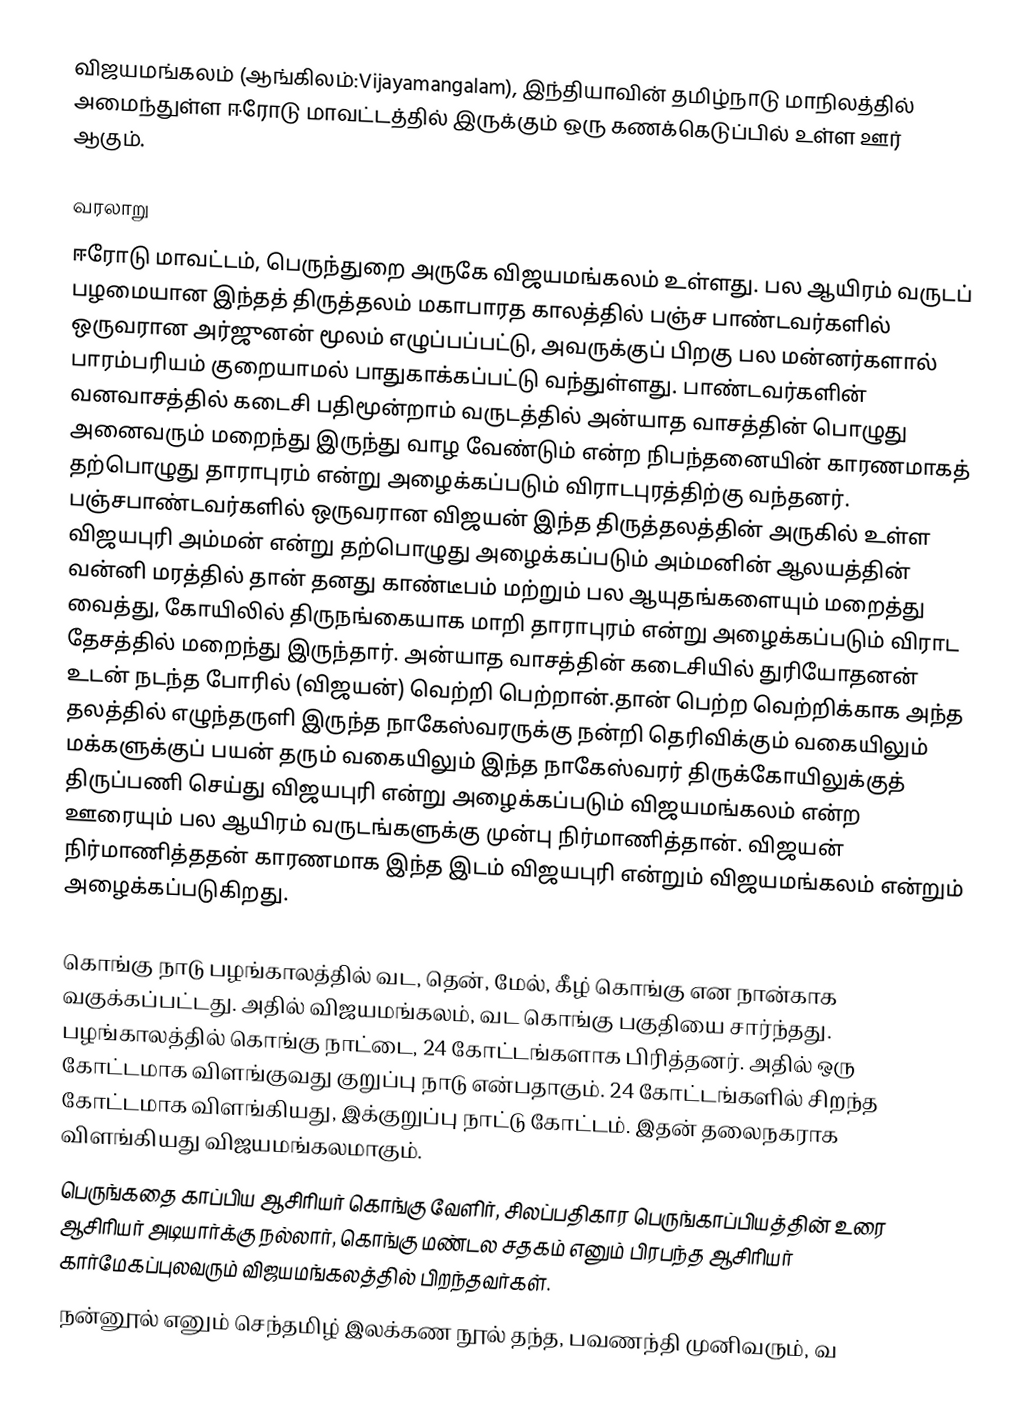
விஜயமங்கலம் (ஆங்கிலம்:Vijayamangalam), இந்தியாவின் தமிழ்நாடு மாநிலத்தில் அமைந்துள்ள ஈரோடு மாவட்டத்தில் இருக்கும் ஒரு கணக்கெடுப்பில் உள்ள ஊர்  ஆகும்.

வரலாறு
ஈரோடு மாவட்டம், பெருந்துறை அருகே விஜயமங்கலம் உள்ளது.  பல ஆயிரம் வருடப் பழமையான இந்தத் திருத்தலம் மகாபாரத காலத்தில் பஞ்ச பாண்டவர்களில் ஒருவரான அர்ஜுனன் மூலம் எழுப்பப்பட்டு, அவருக்குப் பிறகு பல மன்னர்களால் பாரம்பரியம் குறையாமல் பாதுகாக்கப்பட்டு வந்துள்ளது. பாண்டவர்களின் வனவாசத்தில் கடைசி பதிமூன்றாம் வருடத்தில் அன்யாத வாசத்தின் பொழுது அனைவரும் மறைந்து இருந்து வாழ வேண்டும் என்ற நிபந்தனையின் காரணமாகத் தற்பொழுது தாராபுரம் என்று அழைக்கப்படும் விராடபுரத்திற்கு வந்தனர். பஞ்சபாண்டவர்களில் ஒருவரான விஜயன் இந்த திருத்தலத்தின் அருகில் உள்ள விஜயபுரி அம்மன் என்று தற்பொழுது அழைக்கப்படும் அம்மனின் ஆலயத்தின் வன்னி மரத்தில் தான் தனது காண்டீபம் மற்றும் பல ஆயுதங்களையும் மறைத்து வைத்து, கோயிலில் திருநங்கையாக மாறி தாராபுரம் என்று அழைக்கப்படும் விராட தேசத்தில் மறைந்து இருந்தார். அன்யாத வாசத்தின் கடைசியில் துரியோதனன் உடன் நடந்த போரில் (விஜயன்) வெற்றி பெற்றான்.தான் பெற்ற வெற்றிக்காக அந்த தலத்தில் எழுந்தருளி இருந்த நாகேஸ்வரருக்கு நன்றி தெரிவிக்கும் வகையிலும் மக்களுக்குப் பயன் தரும் வகையிலும் இந்த நாகேஸ்வரர் திருக்கோயிலுக்குத் திருப்பணி செய்து விஜயபுரி என்று அழைக்கப்படும் விஜயமங்கலம் என்ற ஊரையும் பல ஆயிரம் வருடங்களுக்கு முன்பு நிர்மாணித்தான். விஜயன் நிர்மாணித்ததன் காரணமாக இந்த இடம் விஜயபுரி என்றும் விஜயமங்கலம் என்றும் அழைக்கப்படுகிறது.

கொங்கு நாடு பழங்காலத்தில் வட, தென், மேல், கீழ் கொங்கு என நான்காக வகுக்கப்பட்டது. அதில் விஜயமங்கலம், வட கொங்கு பகுதியை சார்ந்தது. பழங்காலத்தில் கொங்கு நாட்டை, 24 கோட்டங்களாக பிரித்தனர். அதில் ஒரு கோட்டமாக விளங்குவது குறுப்பு நாடு என்பதாகும். 24 கோட்டங்களில் சிறந்த கோட்டமாக விளங்கியது, இக்குறுப்பு நாட்டு கோட்டம். இதன் தலைநகராக விளங்கியது விஜயமங்கலமாகும்.
பெருங்கதை காப்பிய ஆசிரியர் கொங்கு வேளிர், சிலப்பதிகார பெருங்காப்பியத்தின் உரை ஆசிரியர் அடியார்க்கு நல்லார், கொங்கு மண்டல சதகம் எனும் பிரபந்த ஆசிரியர் கார்மேகப்புலவரும் விஜயமங்கலத்தில் பிறந்தவர்கள்.
நன்னூல் எனும் செந்தமிழ் இலக்கண நூல் தந்த, பவணந்தி முனிவரும், வ